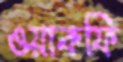
ওয়াকফি